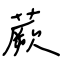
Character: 蕨